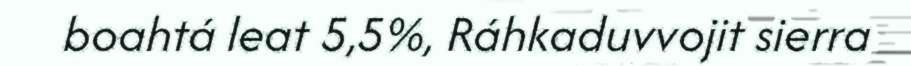
boahtá leat 5,5%, Ráhkaduvvojit sierra